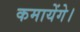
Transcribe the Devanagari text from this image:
कमायेंगे।